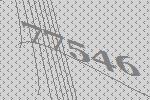
77546